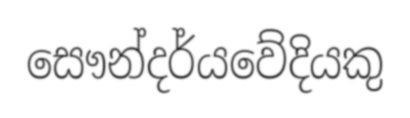
සෞන්දර්යවේදියකු